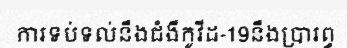
ការទប់ទល់នឹងជំងឺកូវីដ-19នឹងប្រារព្ធ